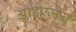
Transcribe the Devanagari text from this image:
आईएमयू